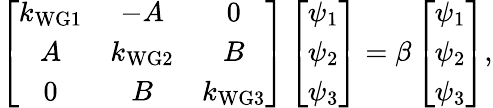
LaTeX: \left[\begin{array}{ccc}{k_{\mathrm{WG1}}}&{-A}&{0}\\ {A}&{k_{\mathrm{WG2}}}&{B}\\ {0}&{B}&{k_{\mathrm{WG3}}}\end{array}\right]\left[\begin{array}{ccc}{\psi_{1}}\\ {\psi_{2}}\\ {\psi_{3}}\end{array}\right]=\beta\left[\begin{array}{ccc}{\psi_{1}}\\ {\psi_{2}}\\ {\psi_{3}}\end{array}\right],